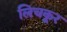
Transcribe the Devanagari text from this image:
लिचकूर